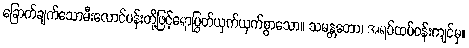
ခြောက်ချက်သောမီးလောင်ပန်းတို့ဖြင့်ရောပြွတ်ယှက်ယှက်စွာသော။ သမန္တတော၊ အရပ်ထပ်ဝန်းကျင်မှ။